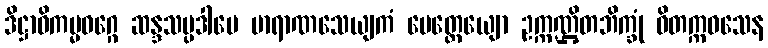
ဒိဋ္ဌာဝိကမ္မဝဂ္ဂေ ဆန္ဒသမ္ပဒါပေ ဗာရာဏသေယျကံ မေတ္တေယျော ဥက္ကဏ္ဌိတဘိက္ခုံ ဝိတက္ကဝသေန